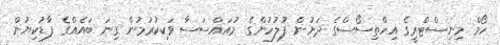
ހޯމް މިނިސްޓްރީގެ އިހްތިސޯސްގެ ދަށުން ފުލުހުންގެ މުއައްސަސާ ވަކިކުރުމުން ގިނަ ބައެއްގެ ފާޑުކިޔުން